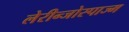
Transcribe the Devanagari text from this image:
लेरीन्जोस्पाज्म